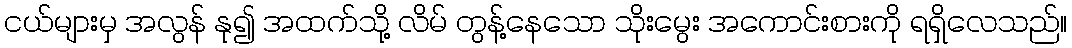
ငယ်များမှ အလွန် နု၍ အထက်သို့ လိမ် တွန့်နေသော သိုးမွေး အကောင်းစားကို ရရှိလေသည်။